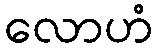
လောဟံ